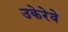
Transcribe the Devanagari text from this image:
उकेरेवे